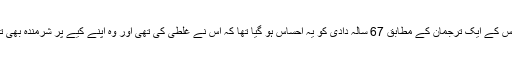
پولیس کے ایک ترجمان کے مطابق 67 سالہ دادی کو یہ احساس ہو گیا تھا کہ اس نے غلطی کی تھی اور وہ اپنے کیے پر شرمندہ بھی تھی۔